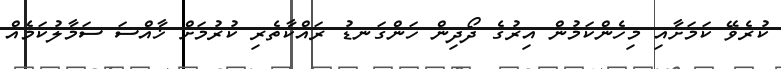
ކުރެވޭ ކަމަށާއި މިހެންކަމުން އިރުގެ ދޯދިން ހަންގަނޑު ރައްކާތެރި ކުރުމަށް ޚާއްސަ ސަމާލުކަމެއް